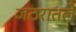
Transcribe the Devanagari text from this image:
जठरातले